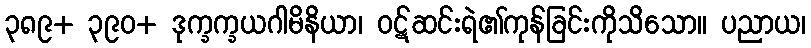
၃၈၉+ ၃၉၀+ ဒုက္ခက္ခယဂါမိနိယာ၊ ဝဋ်ဆင်းရဲ၏ကုန်ခြင်းကိုသိသော။ ပညာယ၊